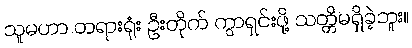
သူမဟာ တရားရုံး ဦးတိုက် ကွာရှင်းဖို့ သတ္တိမရှိခဲ့ဘူး။